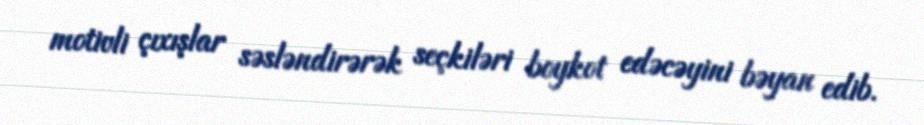
motivli çıxışlar səsləndirərək seçkiləri boykot edəcəyini bəyan edib.